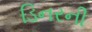
ડિનરની